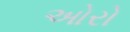
ઓરો